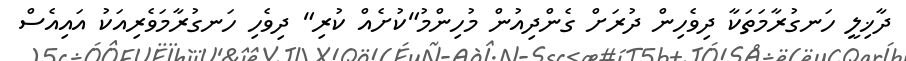
ދާޚިލީ ހަނގުރާމަތަކާ ދިވެހިން ދުރަށް ގެންދިއުން މުހިންމު"ކުށެއް ކުރި" ދިވެހި ހަނގުރާމަވެރިއަކު އައިއެސް